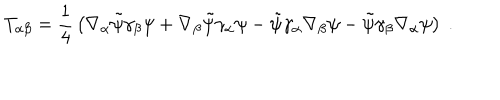
T _ { \alpha \beta } = { \frac { 1 } { 4 } } \left( \nabla _ { \alpha } \tilde { \psi } \gamma _ { \beta } \psi + \nabla _ { \beta } \tilde { \psi } \gamma _ { \alpha } \psi - \tilde { \psi } \gamma _ { \alpha } \nabla _ { \beta } \psi - \tilde { \psi } \gamma _ { \beta } \nabla _ { \alpha } \psi \right) ~ .